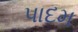
પાદમ